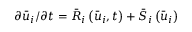
{ \partial { { \bar { u } } _ { i } } } / { { \partial t } } = { { \bar { R } } _ { i } } \left( { { { \bar { u } } _ { i } } , t } \right) + { { \bar { S } } _ { i } } \left( { { { \bar { u } } _ { i } } } \right)